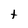
Character: t